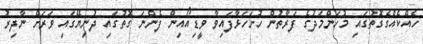
ހެއްކެއްގެގޮތުގައި މުހަންމަދުގެ ފަރާތުން ހުށަހަޅާފައިވާ ވީޑިއޯއިން ފެންނަ ގޮތުގައި ދުނިޔޭގައި ވަރަށް ނާދިރު